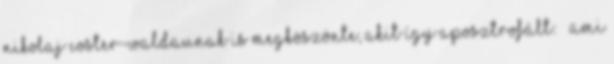
Nikolaj Coster-Waldaunak is megköszönte, akit így aposztrofált: – ami